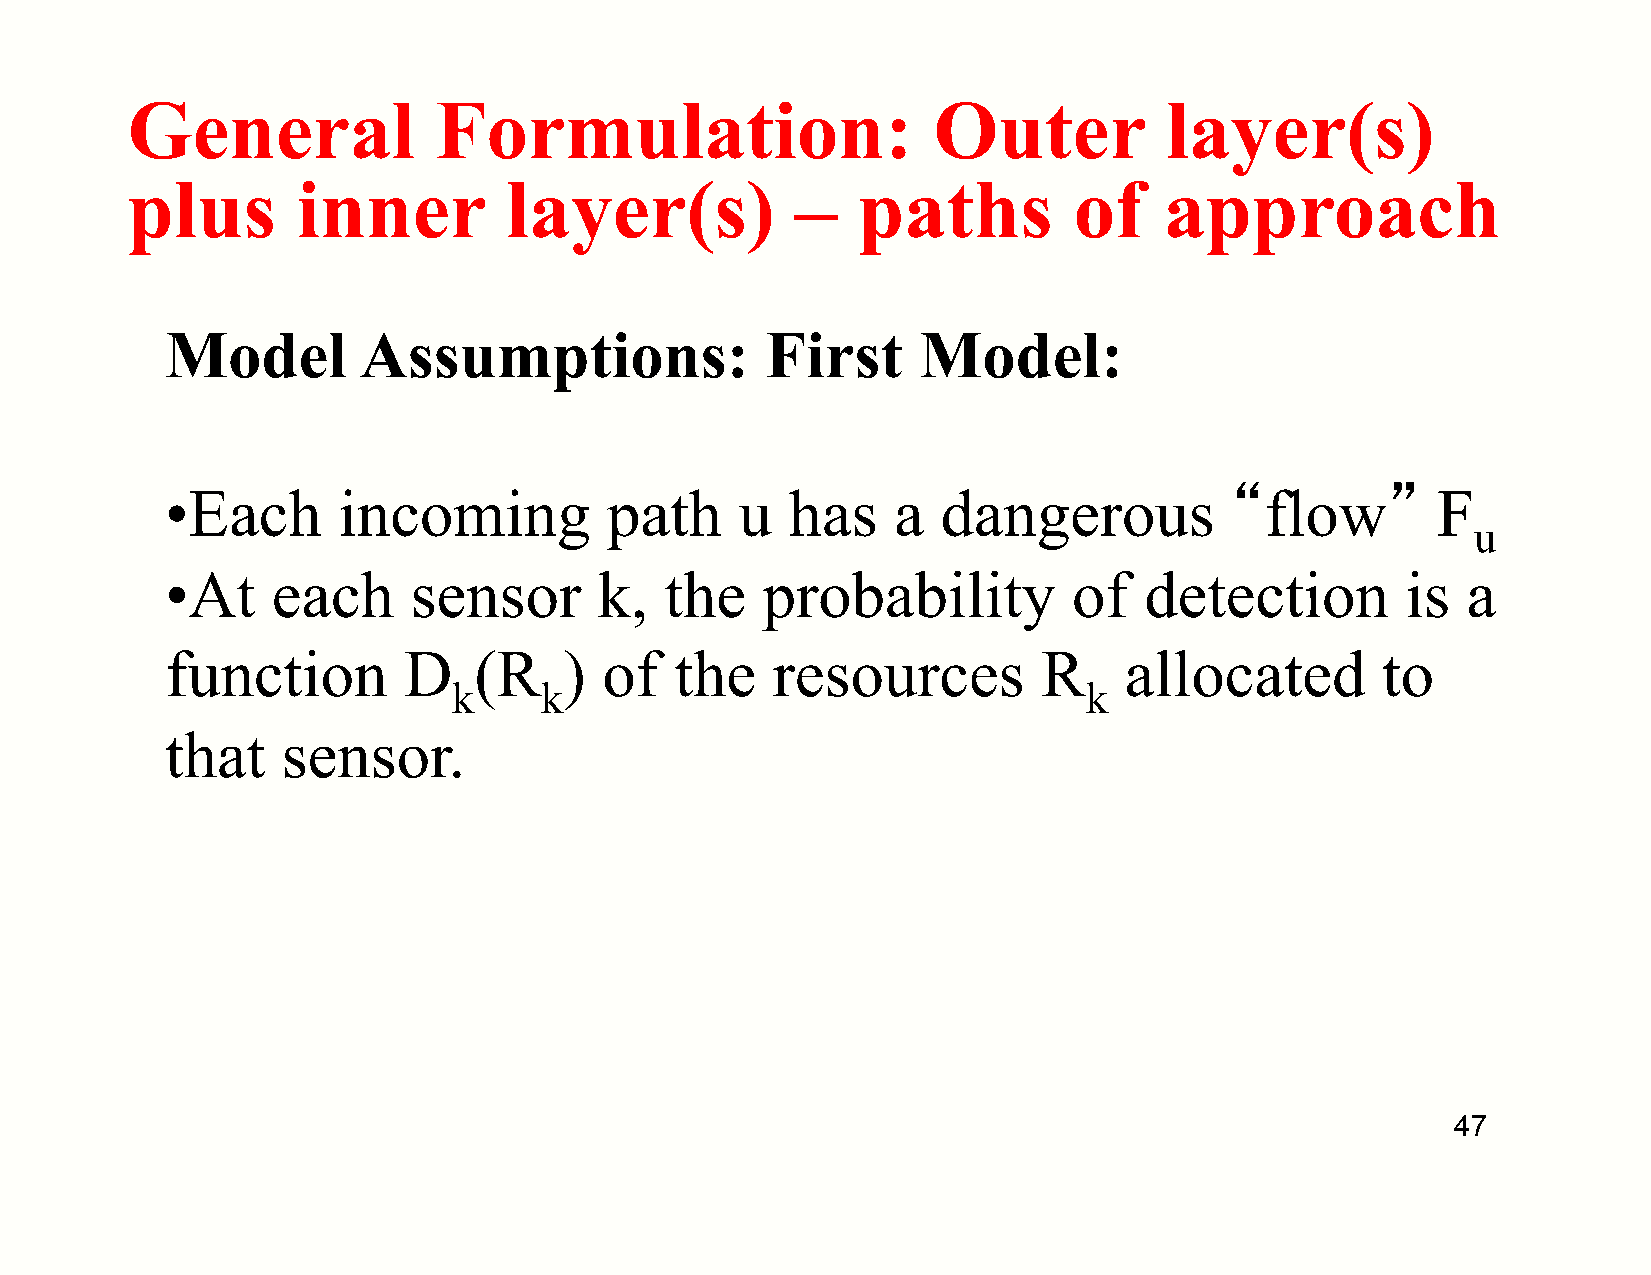
General              Formulation:                     Outer          layer(s)
 plus        inner        layer(s)            –   paths         of    approach
 Model        Assumptions:               First     Model:
 • Each     incoming          path     u  has    a  dangerous          “flow”        F
 u
 • At   each     sensor       k,  the   probability          of   detection        is  a
 function        D   (R    )  of   the   resources         R    allocated        to
 k     k                                   k
 that    sensor.
 47